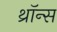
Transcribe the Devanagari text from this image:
थ्राॅन्स